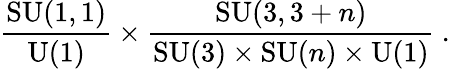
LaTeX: \frac{\mathrm{SU}(1,1)}{\mathrm{U}(1)}\times\frac{\mathrm{SU}(3,3+n)}{\mathrm{SU}(3)\times\mathrm{SU}(n)\times\mathrm{U}(1)}~.